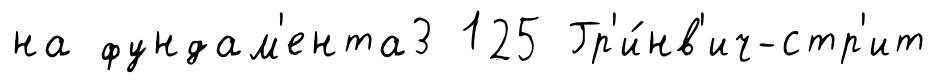
на фундам'ента3 125 Гр'и́нв'ич-стр'ит